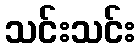
သင်းသင်း